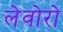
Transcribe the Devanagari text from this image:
लेवोरो